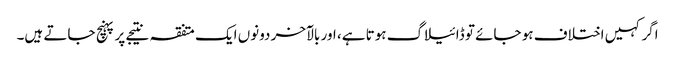
اگر کہیں اختلاف ہو جائے تو ڈائیلاگ ہوتا ہے، اور بالآخر دونوں ایک متفقہ نتیجے پر پہنچ جاتے ہیں۔